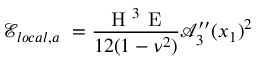
\mathcal { E } _ { l o c a l , a } \ = \frac { \textup { H } ^ { 3 } \textup { E } } { 1 2 ( 1 - \nu ^ { 2 } ) } \mathcal { A } _ { 3 } ^ { \prime \prime } ( x _ { 1 } ) { } ^ { 2 }